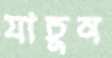
যাচুন